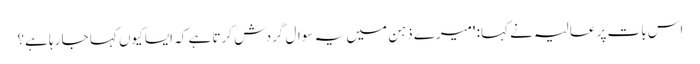
اس بات پر عالیہ نے کہا: 'میرے ذہن میں یہ سوال گردش کرتا ہے کہ ایسا کیوں کہا جا رہا ہے؟